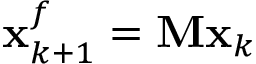
\mathbf { x } _ { k + 1 } ^ { f } = \mathbf { M } \mathbf { x } _ { k }